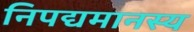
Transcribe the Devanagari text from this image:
निपद्यमानस्य